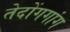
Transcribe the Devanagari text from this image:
तेदोंगगांग